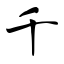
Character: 千